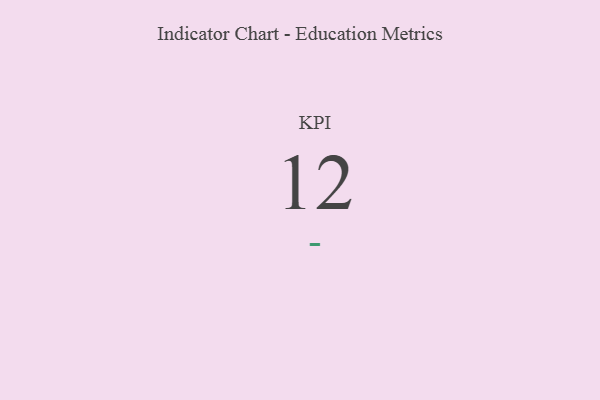
{"axis": {"x": "KPI", "y": "Value"}, "legend": [""], "data": [{"x": "KPI", "y": 12, "type": ""}]}